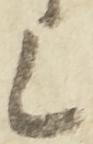
上